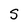
Character: S